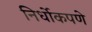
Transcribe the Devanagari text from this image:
निर्धोकपणे